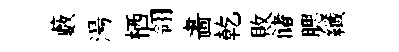
藪湯栖翎畵乾敗储腮纖